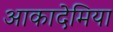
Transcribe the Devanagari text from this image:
आकादेमिया